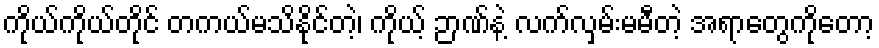
ကိုယ်ကိုယ်တိုင် တကယ်မသိနိုင်တဲ့၊ ကိုယ့် ဉာဏ်နဲ့ လက်လှမ်းမမီတဲ့ အရာတွေကိုတော့